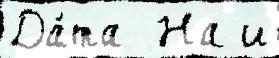
Да́та  На и